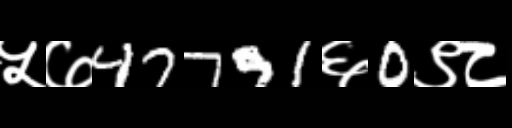
Text: ५७47791६0९८